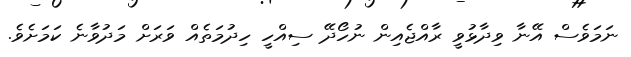
ނަމަވެސް އޭނާ ވިދާޅުވީ ރާއްޖެއިން ނުހޯދޭ ސިއްހީ ހިދުމަތެއް ވަރަށް މަދުވާނެ ކަމަށެވެ.